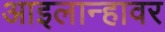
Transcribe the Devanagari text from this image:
आइलान्हावर